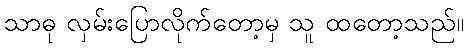
သာဓု လှမ်းပြောလိုက်တော့မှ သူ ထတော့သည်။